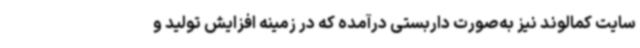
سایت کمالوند نیز به‌صورت داربستی درآمده که در زمینه افزایش تولید و